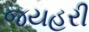
જયહરી